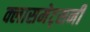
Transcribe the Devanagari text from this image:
क्लासमेट्सनी